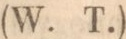
(W. T.)